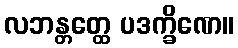
လဘန္တတ္ထေ ပဒက္ခိဏေ။